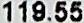
119.55